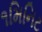
૧મિનિટ